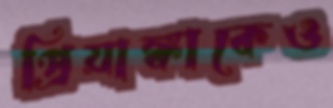
প্রিয়াঙ্কাকেও